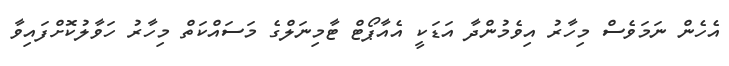
އެހެން ނަމަވެސް މިހާރު އިވެމުންދާ އަޑަކީ އެއާޕޯޓް ޓާމިނަލްގެ މަސައްކަތް މިހާރު ހަވާލުކޮށްފައިވާ